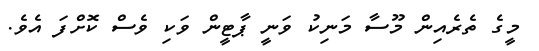
މީގެ ތެރެެއިން މޫސާ މަނިކު ވަނީ ޕާޓީން ވަކި ވެސް ކޮށްފަ އެވެ.